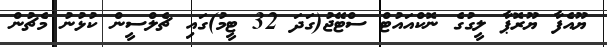
ޔޫއެފާ ޔޫރޮޕާ ލީގުގެ ނޮކްއައުޓް ސްޓޭޖު(ގަދަ 32 ޓީމު)ގައި ޗެލްސީން ކުޅުނު މެޗުން